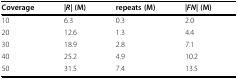
<table><thead><tr><td><b>Coverage</b></td><td><b><i>|R| </i>(M)</b></td><td><b>repeats (M)</b></td><td><b><i>|FN| </i>(M)</b></td></tr></thead><tbody><tr><td>10</td><td>6.3</td><td>0.3</td><td>2.0</td></tr><tr><td>20</td><td>12.6</td><td>1.3</td><td>4.4</td></tr><tr><td>30</td><td>18.9</td><td>2.8</td><td>7.1</td></tr><tr><td>40</td><td>25.2</td><td>4.9</td><td>10.2</td></tr><tr><td>50</td><td>31.5</td><td>7.4</td><td>13.5</td></tr></tbody></table>